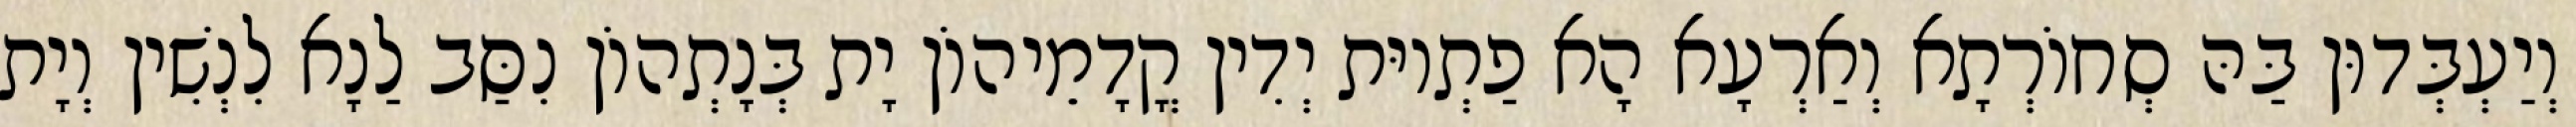
וְיַעְבְּדוּן בַּהּ סְחוֹרְתָא וְאַרְעָא הָא פַתְיוּת יְדִין קֳדָמֵיהוֹן יָת בְּנָתְהוֹן נִסַּב לַנָא לִנְשִׁין וְיָת